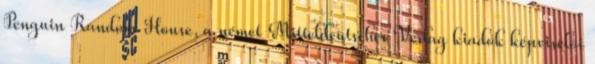
Penguin Random House, a német Mitteldeutscher Verlag kiadók képviselői